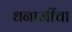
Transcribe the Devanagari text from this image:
धनाजींचा